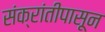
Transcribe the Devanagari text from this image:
संक्रांतीपासून